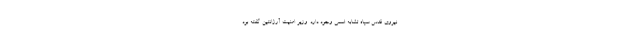
نیروی قدس سپاه تشابه اسمی وجود دارد. وزیر امنیت آرژانتین گفته بود